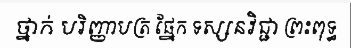
ថ្នាក់ បរិញ្ញាបត្រ ផ្នែក ទស្សនវិជ្ជា ព្រះពុទ្ធ